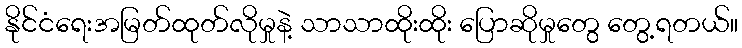
နိုင်ငံရေးအမြတ်ထုတ်လိုမှုနဲ့ သာသာထိုးထိုး ပြောဆိုမှုတွေ တွေ့ရတယ်။